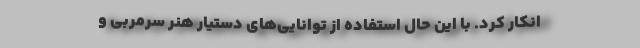
انکار کرد. با این حال استفاده از توانایی‌های دستیار هنر سرمربی و